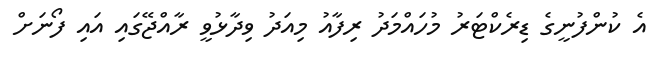
އެ ކުންފުނީގެ ޑިރެކްޓަރު މުހައްމަދު ރިފާއު މިއަދު ވިދާޅުވީ ރާއްޖޭގައި އައި ފޯނަށް